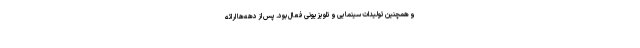
و همچنین تولیدات سینمایی و تلویزیونی فعال بود. پس از دهه‌ها ارائه